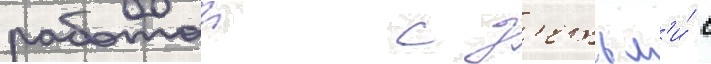
работои с д'етьм'и́ с